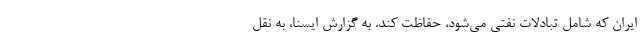
ایران که شامل تبادلات نفتی می‌شود، حفاظت کند. به گزارش ایسنا، به نقل